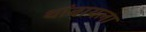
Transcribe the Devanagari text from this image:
थांबायला